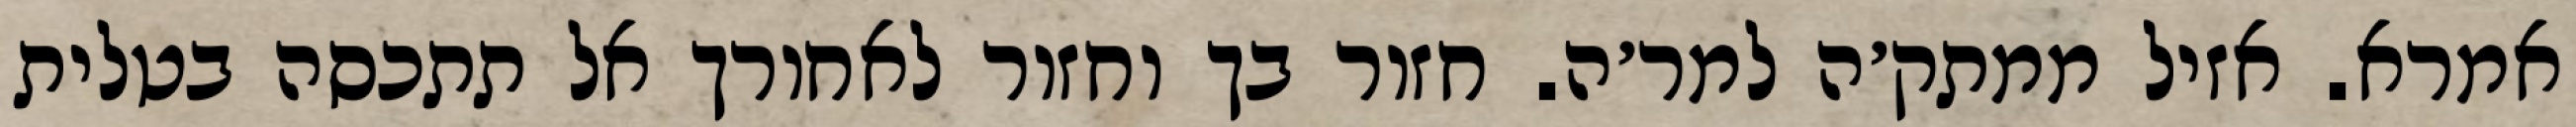
אמרא. אזיל ממתק׳ה למר׳ה. חזור בך וחזור לאחורך אל תתכסה בטלית